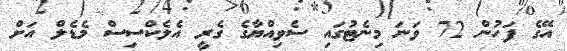
އޭގެ ފަހުން 72 ވަނަ މިނެޓުގައި ސެވިއްޔާގެ ގެރީ އެލެކްސިސް މެޑެލް އަށް